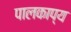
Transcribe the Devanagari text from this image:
पालकाप्य